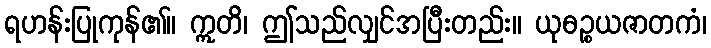
ရဟန်းပြုကုန်၏။ ဣတိ၊ ဤသည်လျှင်အပြီးတည်း။ ယုဓဉ္စယဇာတကံ၊